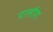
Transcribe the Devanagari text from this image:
पालौरा